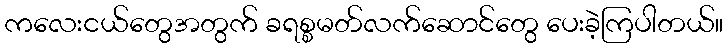
ကလေးငယ်တွေအတွက် ခရစ္စမတ်လက်ဆောင်တွေ ပေးခဲ့ကြပါတယ်။